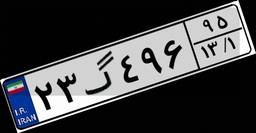
۲۳گ۴۹۶۹۵